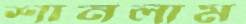
শানলাম